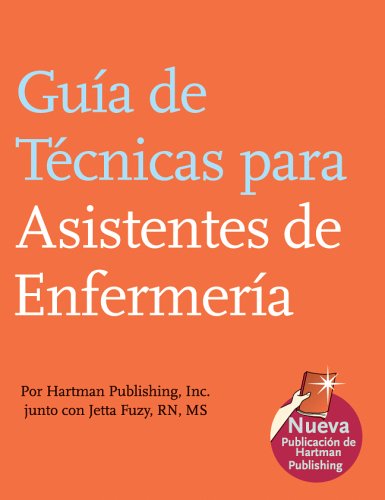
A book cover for Guia de Tecnicas para Asistentes de Enfermeria (The Nursing Assistant's Handbook, Spanish Edition); Hartman Publishing Inc.; Medical Books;